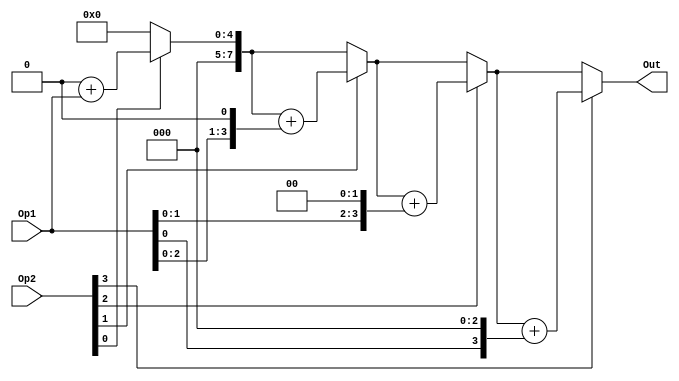
module Shift_add_Mult(Op1, Op2, Out);

parameter N = 4;

input [N - 1:0] Op1, Op2;
output reg [7:0] Out;
reg [3:0] temp1, temp2;

integer n;

always @ (Op1, Op2)
	begin
		temp1 = Op1;
		temp2 = Op2;
		Out = 0;
		
		for (n = 0; n < N ; n = n + 1)
		begin
			if(temp2[0] == 1)
				Out = Out + temp1;
			temp1 = temp1 << 1;
			temp2 = temp2 >> 1;
		end
	end
	
endmodule